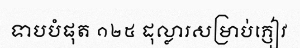
ទាបបំផុត ១២៥ ដុល្លារសម្រាប់ភ្ញៀវ